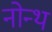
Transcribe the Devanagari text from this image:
नोन्थ